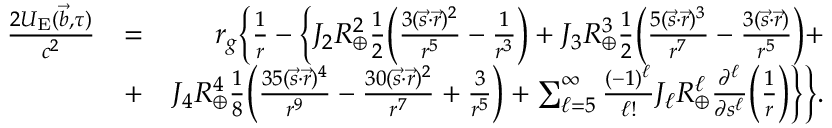
\begin{array} { r l r } { \frac { 2 U _ { \mathrm { E } } ( { \vec { b } } , \tau ) } { c ^ { 2 } } } & { = } & { r _ { g } \Big \{ \frac { 1 } { r } - \Big \{ J _ { 2 } R _ { \oplus } ^ { 2 } \frac { 1 } { 2 } \Big ( \frac { 3 ( { \vec { s } } \cdot { \vec { r } } ) ^ { 2 } } { r ^ { 5 } } - \frac { 1 } { r ^ { 3 } } \Big ) + J _ { 3 } R _ { \oplus } ^ { 3 } \frac { 1 } { 2 } \Big ( \frac { 5 ( { \vec { s } } \cdot { \vec { r } } ) ^ { 3 } } { r ^ { 7 } } - \frac { 3 ( { \vec { s } } \cdot { \vec { r } } ) } { r ^ { 5 } } \Big ) + } \\ & { + } & { J _ { 4 } R _ { \oplus } ^ { 4 } \frac { 1 } { 8 } \Big ( \frac { 3 5 ( { \vec { s } } \cdot { \vec { r } } ) ^ { 4 } } { r ^ { 9 } } - \frac { 3 0 ( { \vec { s } } \cdot { \vec { r } } ) ^ { 2 } } { r ^ { 7 } } + \frac { 3 } { r ^ { 5 } } \Big ) + \sum _ { \ell = 5 } ^ { \infty } \frac { ( - 1 ) ^ { \ell } } { \ell ! } J _ { \ell } R _ { \oplus } ^ { \ell } \frac { \partial ^ { \ell } } { \partial s ^ { \ell } } \Big ( \frac { 1 } { r } \Big ) \Big \} \Big \} . } \end{array}